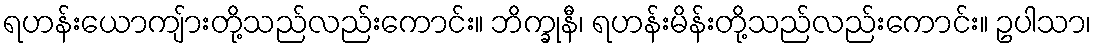
ရဟန်းယောကျ်ားတို့သည်လည်းကောင်း။ ဘိက္ခုနီ၊ ရဟန်းမိန်းတို့သည်လည်းကောင်း။ ဥပါသာ၊